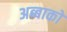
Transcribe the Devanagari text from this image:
अब्बाको